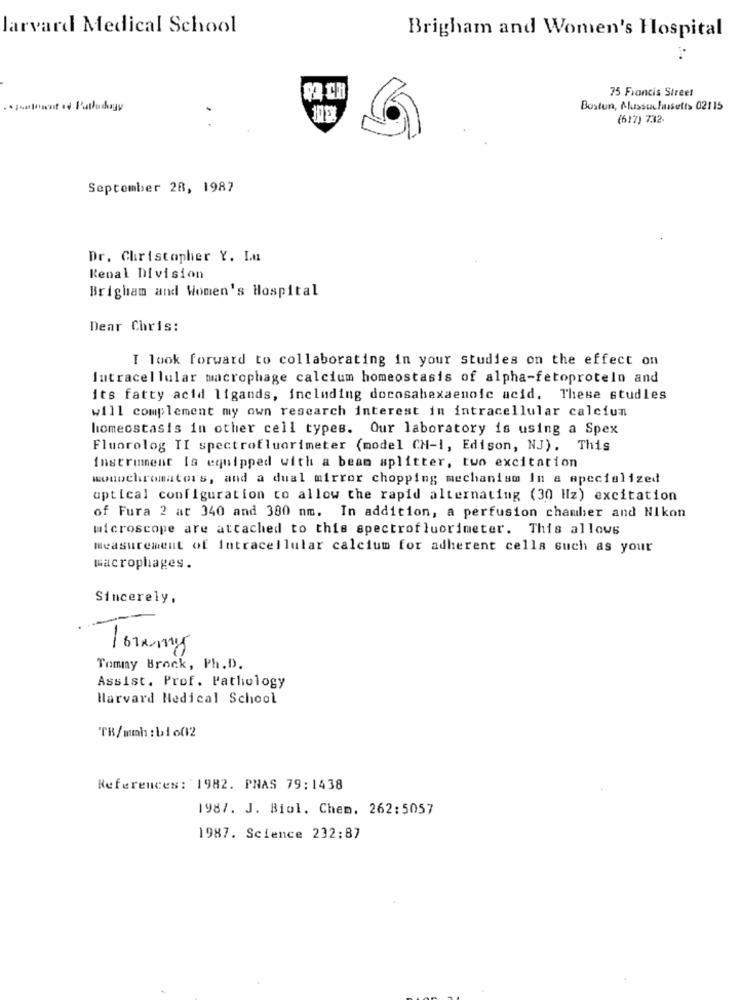
Jarvard Medical School
Brigham and Women's Hospital
75 Francis Street
Boston, Plussuchusetts 02115
(617) 732-
September 28, 1987
Dr. Christopher Y. Lu
Renal Division
Brigham and Women's Hospital
Dear Chris:
I look forward to collaborating in your studies on the effect on
Intracellular macrophage calcium homeostasis of alpha-fetoprotein and
its fatty acid ligands, including docosahexaenoic acid, These studles
will complement my own research interest in intracellular calcium
homeostasis in other cell types. Our laboratory is using a Spex
Fluorolog TI spectrofluorimeter (model CH-1, Edison, NJ). This
instrument Is equipped with a beam splitter, two excitation
monochromators, and a dual mirror chopping mechanism In a specialized
optical configuration to allow the rapid alternating (30 Hz) excitation
of Fura 2 at 340 and 380 nm. In addition, a perfusion chamber and Nikon
microscope are attached to this spectrofluorimeter. This allows
measurement of Intracellular calcium for adherent cells such as your
macrophages.
Sincerely,
Toramy
Tommy Brock, Ph. D.
Assist. Prof. Pathology
Harvard Medical School
TB/mmh : bio(12
References: 1982. PNAS 79:1438
1987. J. Biol. Chem. 262:5057
1987. Science 232:87